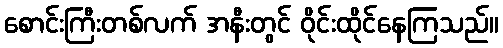
စောင်းကြီးတစ်လက် အနီးတွင် ဝိုင်းထိုင်နေကြသည်။